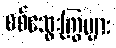
စစ်သွေးကြွများ